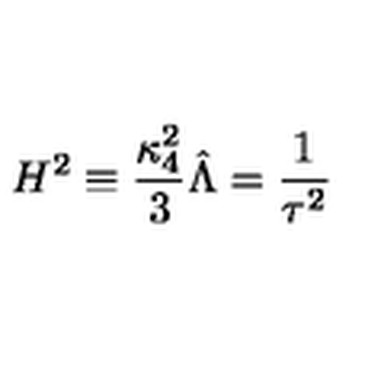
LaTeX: H ^ { 2 } \equiv \frac { \kappa _ { 4 } ^ { 2 } } { 3 } \hat { \Lambda } = \frac { 1 } { \tau ^ { 2 } }